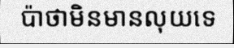
ប៉ាថាមិនមានលុយទេ